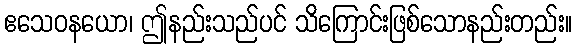
ဧသေဝနယော၊ ဤနည်းသည်ပင် သိကြောင်းဖြစ်သောနည်းတည်း။